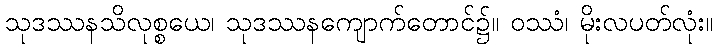
သုဒဿနသိလုစ္စယေ၊ သုဒဿနကျောက်တောင်၌။ ဝဿံ၊ မိုးလပတ်လုံး။